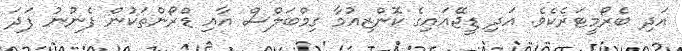
އަދި ބެރޯމީޓަރެކެވެ. އަދި ޑީޖޭއައިގެ ކޮންޒިއުމާ ގިމްބަލްސް އާއި ޑްރޯންތަކުން ފެނުނު ފަދަ